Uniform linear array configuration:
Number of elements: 12
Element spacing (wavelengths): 0.25
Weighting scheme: binomial
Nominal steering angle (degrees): -45
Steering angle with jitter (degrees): -45.69
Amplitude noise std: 0.05
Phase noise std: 0.05

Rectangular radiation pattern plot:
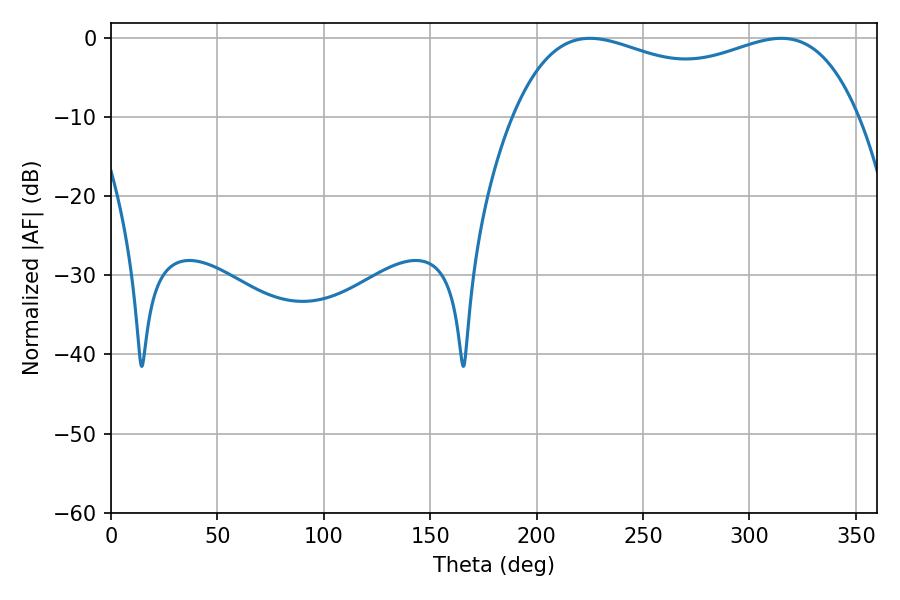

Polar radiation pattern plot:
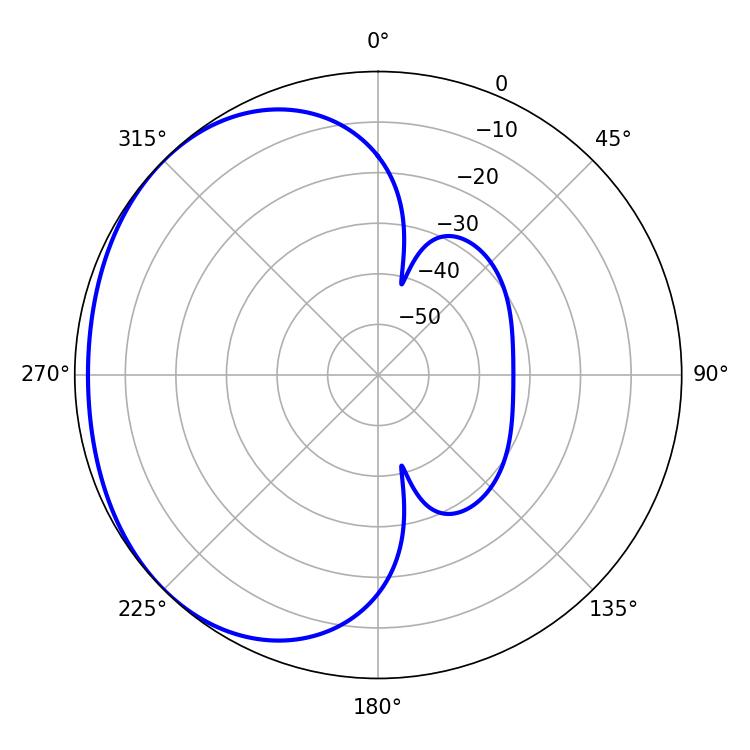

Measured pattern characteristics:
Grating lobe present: FALSE
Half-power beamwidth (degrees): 133.2
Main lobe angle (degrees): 225